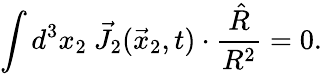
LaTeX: \int d^{3}x_{2}~\vec{J}_{2}(\vec{x}_{2},t)\cdot\frac{\hat{R}}{R^{2}}=0.